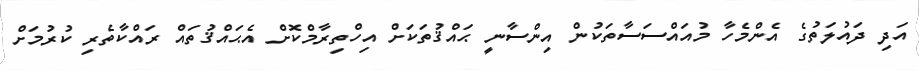
އަދި ދައުލަތުގެ އެންމެހާ މުއައްސަސާތަކުން އިންސާނީ ޙައްޤުތަކަށް އިހްތިރާމްކޮށް އެޙައްޤުތައް ރައްކާތެރި ކުރުމަށް